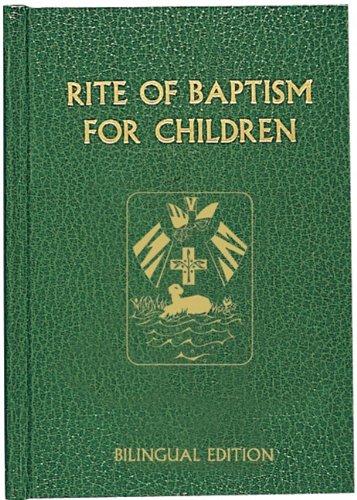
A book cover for Rite of Baptism for Children (Bilingual Edition) (Roman Ritual) (Multilingual Edition); Catholic Church; Christian Books & Bibles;